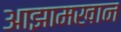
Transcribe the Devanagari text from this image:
आझामखान